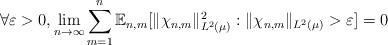
LaTeX: \begin{align*} \forall \varepsilon > 0, \lim_{n \to \infty} \sum_{m=1}^n \mathbb{E}_{n,m}[ \|\chi_{n,m} \|_{L^2(\mu)}^2 : \|\chi_{n,m} \|_{L^2(\mu)} > \varepsilon ] = 0 \end{align*}